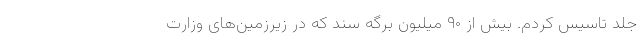
جلد تاسیس کردم. بیش از ۹۰ میلیون برگه سند که در زیرزمین‌های وزارت